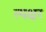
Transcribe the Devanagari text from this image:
त्यक्षर